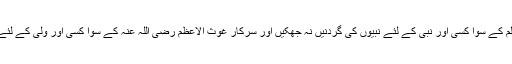
حضور صلی اللہ علیہ وآلہ وسلم کے سوا کسی اور نبی کے لئے نبیوں کی گردنیں نہ جھکیں اور سرکارِ غوث الاعظم رضی اللہ عنہ کے سوا کسی اور ولی کے لئے ولیوں کی گردنیں نہ جھکیں۔